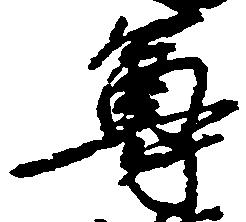
尊